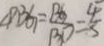
\angle P B G = \frac { B G } { B D } = \frac { 4 } { 5 }